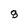
Character: 9